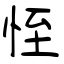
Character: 恎